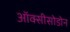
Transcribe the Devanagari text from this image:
ऑक्सीसोडोन